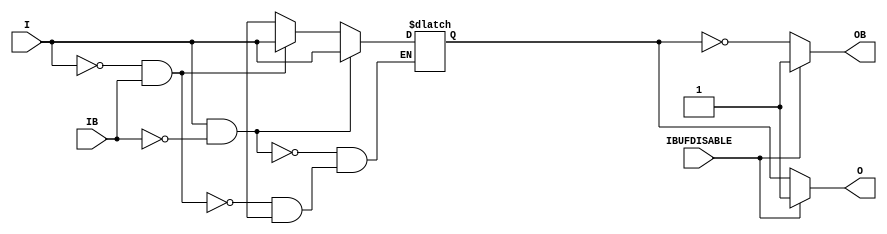
///////////////////////////////////////////////////////////////////////////////
// Copyright (c) 1995/2004 Xilinx, Inc.
// All Right Reserved.
///////////////////////////////////////////////////////////////////////////////
//   ____  ____
//  /   /\/   /
// /___/  \  /    Vendor : Xilinx
// \   \   \/     Version : 10.1
//  \   \         Description : Xilinx Functional Simulation Library Component
//  /   /                  Differential Signaling Input Buffer with Differential Outputs
// /___/   /\     Filename : IBUFDS_DIFF_OUT_IBUFDISABLE.v
// \   \  /  \    Timestamp : Wed Dec  8 17:04:24 PST 2010
//  \___\/\___\
//
// Revision:
//    12/08/10 - Initial version.
//    04/04/11 - CR 604808 fix
//    06/15/11 - CR 613347 -- made ouput logic_1 when IBUFDISABLE is active
//    08/31/11 - CR 623170 -- added attribute USE_IBUFDISABLE
// End Revision

`timescale  1 ps / 1 ps


module IBUFDS_DIFF_OUT_IBUFDISABLE (O, OB, I, IB, IBUFDISABLE);

    parameter DIFF_TERM = "FALSE";
    parameter IBUF_LOW_PWR = "TRUE";
    parameter IOSTANDARD = "DEFAULT";
    parameter USE_IBUFDISABLE = "TRUE";

    output O; 
    output OB;

    input I;
    input IB;
    input IBUFDISABLE;

    reg  o_out;

    initial begin
        case (DIFF_TERM)

            "TRUE", "FALSE" : ;
            default : begin
                          $display("Attribute Syntax Error : The attribute DIFF_TERM on IBUFDS_DIFF_OUT_IBUFDISABLE instance %m is set to %s.  Legal values for this attribute are TRUE or FALSE.", DIFF_TERM);
                          $finish;
                      end

        endcase // case(DIFF_TERM)

        case (IBUF_LOW_PWR)

            "FALSE", "TRUE" : ;
            default : begin
                          $display("Attribute Syntax Error : The attribute IBUF_LOW_PWR on IBUFDS_DIFF_OUT_IBUFDISABLE instance %m is set to %s.  Legal values for this attribute are TRUE or FALSE.", IBUF_LOW_PWR);
                          $finish;
                      end

        endcase

    end


    always @(I or IB) begin
	if (I == 1'b1 && IB == 1'b0)
	    o_out <= I;
	else if (I == 1'b0 && IB == 1'b1)
	    o_out <= I;
        else if (I == 1'bx || IB == 1'bx)
            o_out <= 1'bx;
    end
   
   
    generate
       case (USE_IBUFDISABLE)
          "TRUE" :  begin 
                       assign O  = (IBUFDISABLE == 0)? o_out  : (IBUFDISABLE == 1)? 1'b1  : 1'bx;
                       assign OB = (IBUFDISABLE == 0)? ~o_out : (IBUFDISABLE == 1)? 1'b1  : 1'bx;
                    end
          "FALSE" : begin 
                       assign O  =  o_out;
                       assign OB =  ~o_out;
                    end
       endcase
    endgenerate

endmodule